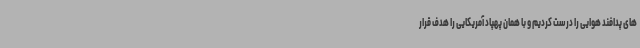
های پدافند هوایی را درست کردیم و با همان پهپاد آمریکایی را هدف قرار